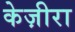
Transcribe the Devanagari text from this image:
केज़ीरा